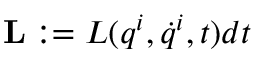
{ \bf L } : = L ( q ^ { i } , \dot { q } ^ { i } , t ) d t